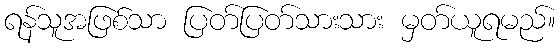
ရန်သူအဖြစ်သာ ပြတ်ပြတ်သားသား မှတ်ယူရမည်။